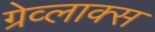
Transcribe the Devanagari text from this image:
ग्रेव्लाक्स